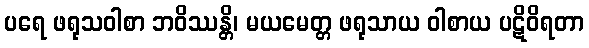
ပရေ ဖရုသဝါစာ ဘဝိဿန္တိ၊ မယမေတ္တ ဖရုသာယ ဝါစာယ ပဋိဝိရတာ